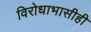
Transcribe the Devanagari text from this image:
विरोधाभासीही